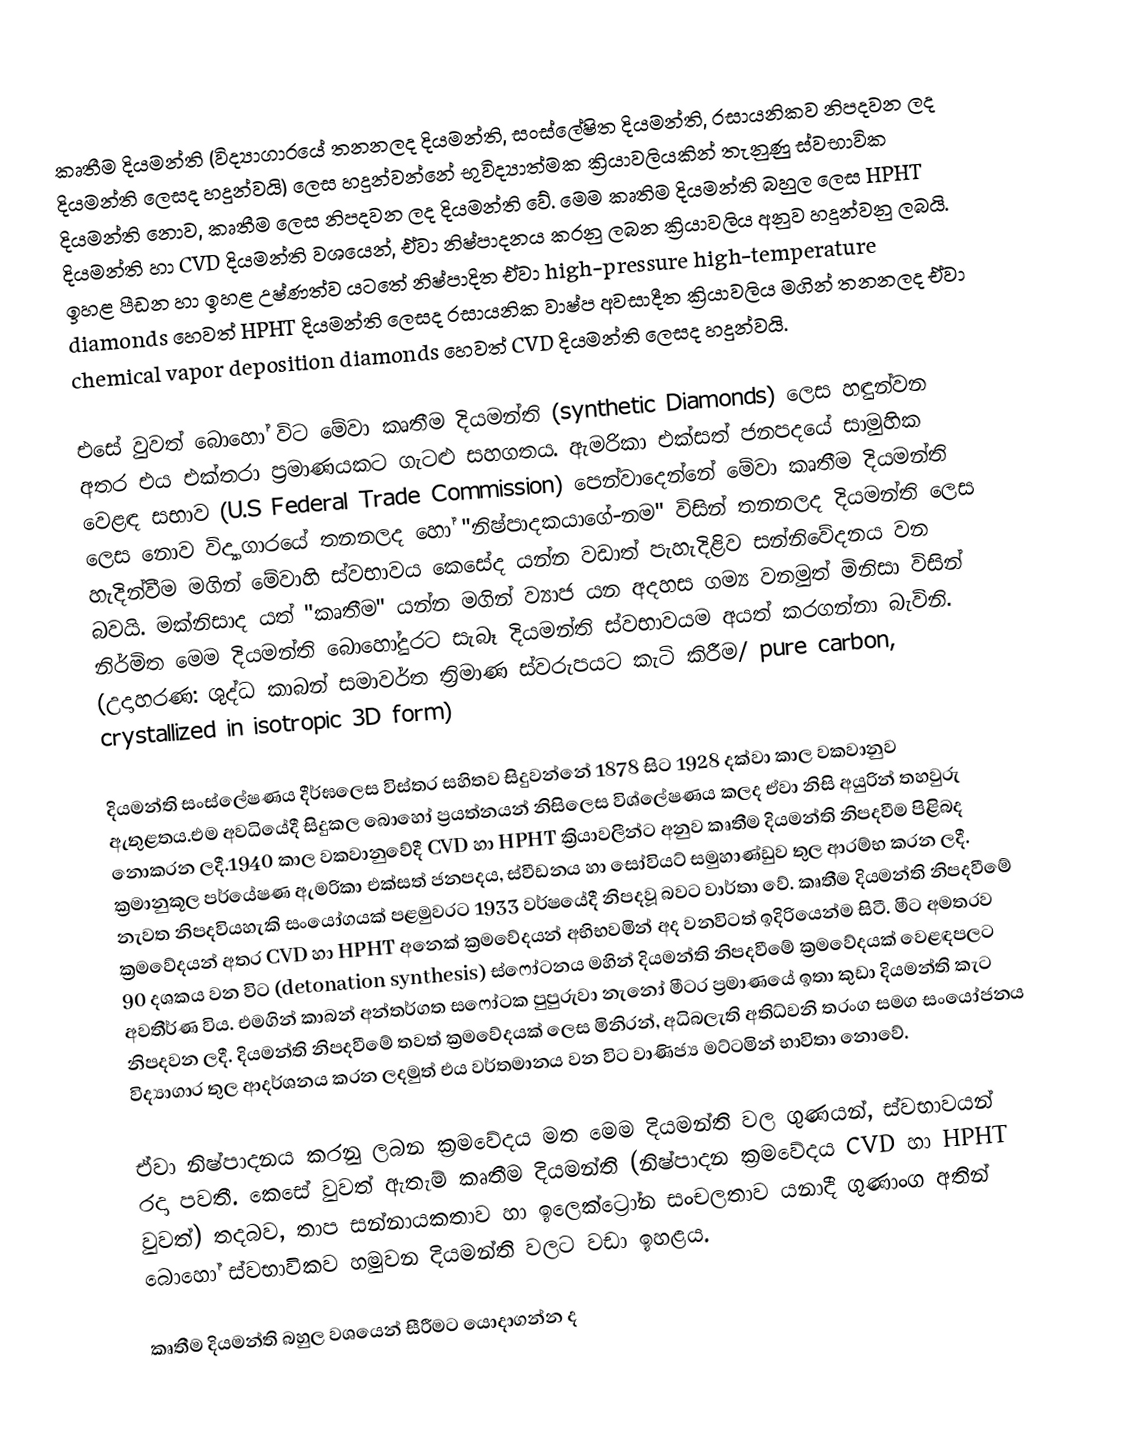
කෘතීම දියමන්ති (විද්‍යාගාරයේ තනනලද දියමන්ති, සංස්ලේෂිත දියමන්ති, රසායනිකව නිපදවන ලද දියමන්ති ලෙසද හදුන්වයි) ලෙස හදුන්වන්නේ භුවිද්‍යාත්මක ක්‍රියාවලියකින් තැනුණු ස්වභාවික දියමන්ති නොව, කෘතීම ලෙස නිපදවන ලද දියමන්ති වේ. මෙම කෘතිම දියමන්ති බහුල ලෙස HPHT දියමන්ති හා CVD දියමන්ති වශයෙන්, ඒවා නිෂ්පාදනය කරනු ලබන ක්‍රියාවලිය අනුව හදුන්වනු ලබයි. ඉහළ පීඩන හා ඉහළ උෂ්ණත්ව යටතේ නිෂ්පාදිත ඒවා high-pressure high-temperature diamonds හෙවත් HPHT දියමන්ති ලෙසද රසායනික වාෂ්ප අවසාදීත ක්‍රියාවලිය මගින් තනනලද ඒවා chemical vapor deposition diamonds හෙවත් CVD දියමන්ති ලෙසද හදුන්වයි.

එසේ වුවත් බොහෝ විට මේවා කෘතීම දියමන්ති (synthetic Diamonds) ලෙස හඳුන්වන අතර එය එක්තරා ප්‍රමාණයකට ගැටළු සහගතය. ඇමරිකා එක්සත් ජනපදයේ සාමුහික වෙළඳ සභාව (U.S Federal Trade Commission) පෙන්වාදෙන්නේ මේවා කෘතීම දියමන්ති ලෙස නොව විද්‍යාගාරයේ තනනලද හෝ "නිෂ්පාදකයාගේ-නම" විසින් තනනලද  දියමන්ති ලෙස හැදින්වීම මගින් මේවාහි ස්වභාවය කෙසේද යන්න වඩාත් පැහැදිළිව සන්නිවේදනය වන බවයි. මක්නිසාද යත් "කෘතීම" යන්න මගින් ව්‍යාජ යන අදහස ගම්‍ය වනමුත් මිනිසා විසින් නිර්මිත මෙම දියමන්ති  බොහෝදුරට සැබෑ දියමන්ති ස්වභාවයම අයත් කරගන්නා බැවිනි. (උදාහරණ: ශුද්ධ කාබන් සමාවර්ත ත්‍රිමාණ ස්වරුපයට කැටි කිරීම/ pure carbon, crystallized in isotropic 3D form)

දියමන්ති සංස්ලේෂණය දීර්ඝලෙස විස්තර සහිතව සිදුවන්නේ 1878 සිට 1928 දක්වා කාල වකවානුව ඇතුළතය.එම අවධියේදී සිදුකල බොහෝ ප්‍රයත්නයන් නිසිලෙස විශ්ලේෂණය කලද ඒවා නිසි අයුරින් තහවුරු නොකරන ලදී.1940 කාල වකවානුවේදී CVD හා HPHT ක්‍රියාවලීන්ට අනුව කෘතීම දියමන්ති නිපදවීම පිළිබද ක්‍රමානුකූල පර්යේෂණ ඇමරිකා එක්සත් ජනපදය, ස්වීඩනය හා සෝවියට් සමුහාණ්ඩුව තුල ආරම්භ කරන ලදී. නැවත නිපදවියහැකි සංයෝගයක් පළමුවරට 1933 වර්ෂයේදී නිපදවූ බවට වාර්තා වේ. කෘතීම දියමන්ති නිපදවීමේ ක්‍රමවේදයන් අතර CVD හා HPHT අනෙක් ක්‍රමවේදයන් අභිභවමින් අද  වනවිටත් ඉදිරියෙන්ම සිටී. මීට අමතරව 90 දශකය වන විට (detonation synthesis) ස්ෆෝටනය මහින් දියමන්ති නිපදවීමේ ක්‍රමවේදයක් වෙළඳපලට අවතීර්ණ විය. එමගින් කාබන් අන්තර්ගත සෆෝටක පුපුරුවා නැනෝ මීටර ප්‍රමාණයේ ඉතා කුඩා දියමන්ති කැට නිපදවන ලදී. දියමන්ති නිපදවීමේ තවත් ක්‍රමවේදයක් ලෙස මිනිරන්, අධිබලැති  අතිධ්වනි තරංග සමග සංයෝජනය විද්‍යාගාර තුල ආදර්ශනය කරන ලදමුත් එය වර්තමානය වන විට වාණිජ්‍ය මට්ටමින් භාවිතා නොවේ.

ඒවා නිෂ්පාදනය කරනු ලබන ක්‍රමවේදය මත මෙම දියමන්ති වල ගුණයන්, ස්වභාවයන් රදා පවතී. කෙසේ වුවත් ඇතැම් කෘතීම දියමන්ති  (නිෂ්පාදන ක්‍රමවේදය CVD හා HPHT වුවත්) තදබව, තාප සන්නායකතාව හා ඉලෙක්ට්‍රෝන සංචලතාව යනාදී ගුණාංග අතින් බොහෝ ස්වභාවිකව හමුවන  දියමන්ති වලට වඩා ඉහළය.

කෘතීම දියමන්ති බහුල වශයෙන් සීරීමට යොදාගන්න ද